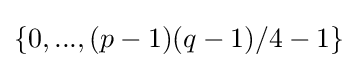
\left\{0,...,(p-1)(q-1)/4-1\right\}